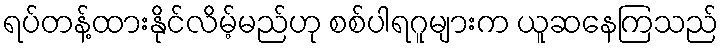
ရပ်တန့်ထားနိုင်လိမ့်မည်ဟု စစ်ပါရဂူများက ယူဆနေကြသည်